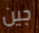
جين